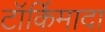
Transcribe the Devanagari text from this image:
टॉर्किमादा